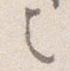
之